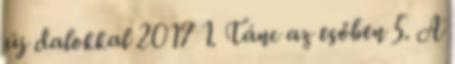
új dalokkal 2017 1. Tánc az esőben 5. A